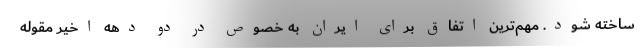
ساخته شود. مهم‌ترین اتفاق برای ایران به خصوص در دو دهه اخیر مقوله